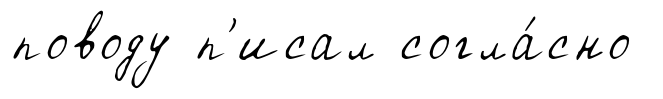
поводу п'исал согла́сно